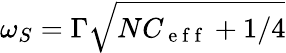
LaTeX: \omega_{S}=\Gamma\sqrt{NC_{\mathrm{~e~f~f~}}+1/4}